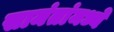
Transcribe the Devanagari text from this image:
सामंतांमध्ये